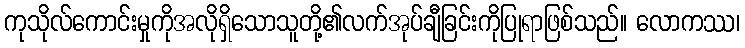
ကုသိုလ်ကောင်းမှုကိုအလိုရှိသောသူတို့၏လက်အုပ်ချီခြင်းကိုပြုရာဖြစ်သည်။ လောကဿ၊